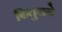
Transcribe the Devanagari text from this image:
फितुराने